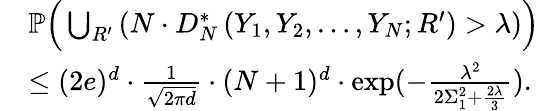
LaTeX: \begin{array}{rl}&{\mathbb{P}\Big(\bigcup_{R^{\prime}}\left(N\cdot D_{N}^{*}\left(Y_{1},Y_{2},\ldots,Y_{N};R^{\prime}\right)>\lambda\right)\Big)}\\ &{\leq(2e)^{d}\cdot\frac{1}{\sqrt{2\pi d}}\cdot(N+1)^{d}\cdot\exp(-\frac{\lambda^{2}}{2\Sigma_{1}^{2}+\frac{2\lambda}{3}}).}\end{array}